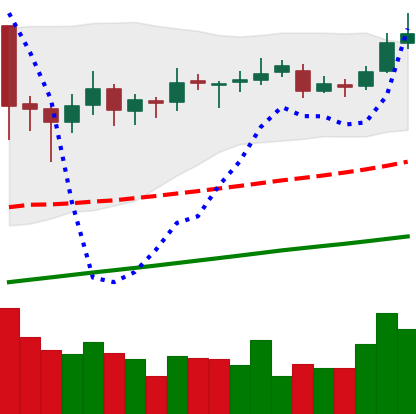
Ticker: ETC-USD
Chart end date: 2019-06-23
Forward return: -13.462%
Label: down_7plus